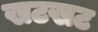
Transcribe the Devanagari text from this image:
खटखट